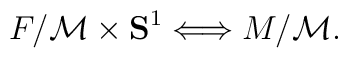
F/{\cal M}\times {\bf S}^1 \Longleftrightarrow M/{\cal M}.